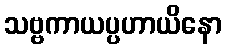
သဗ္ဗကာယပ္ပဟာယိနော